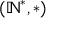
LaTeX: ( \mathbb { N } ^ { * } , * )